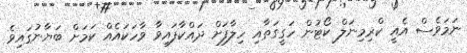
ނަމަވެސް އެއީ ކްރިމިނަލް ކޯޓުން ހަގީގަތާއި ހިލާފަށް ދައްކާފައިވާ ވާހަކައެއް ކަމަށް ބަޔާނުގައިވެ